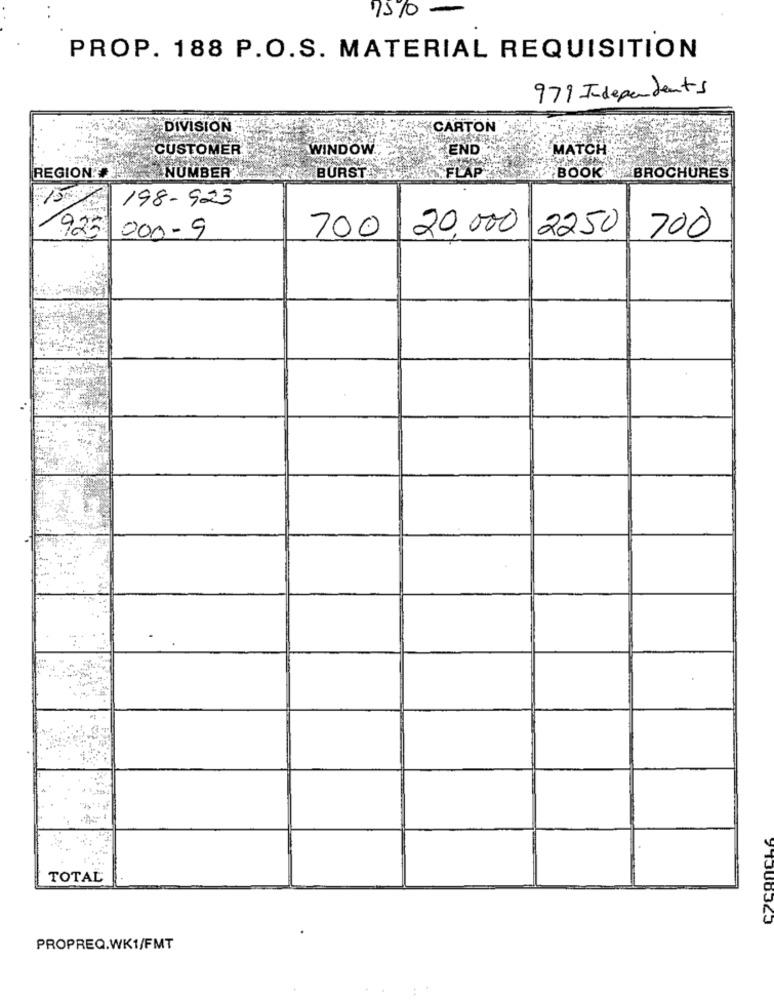
1510-
PROP. 188 P.O.S. MATERIAL REQUISITION
97% Independents
DIVISION
CARTON
CUSTOMER
WINDOW
END
MATCH
REGION !!
NUMBER
BURST
FLAP
BOOK
BROCHURES
198-923
925
700 20,000 2250
000- 9
700
TOTAL
PROPREQ.WK1/FMT